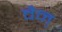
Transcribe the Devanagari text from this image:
वैन्